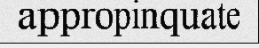
appropinquate